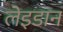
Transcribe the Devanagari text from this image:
लेइडान